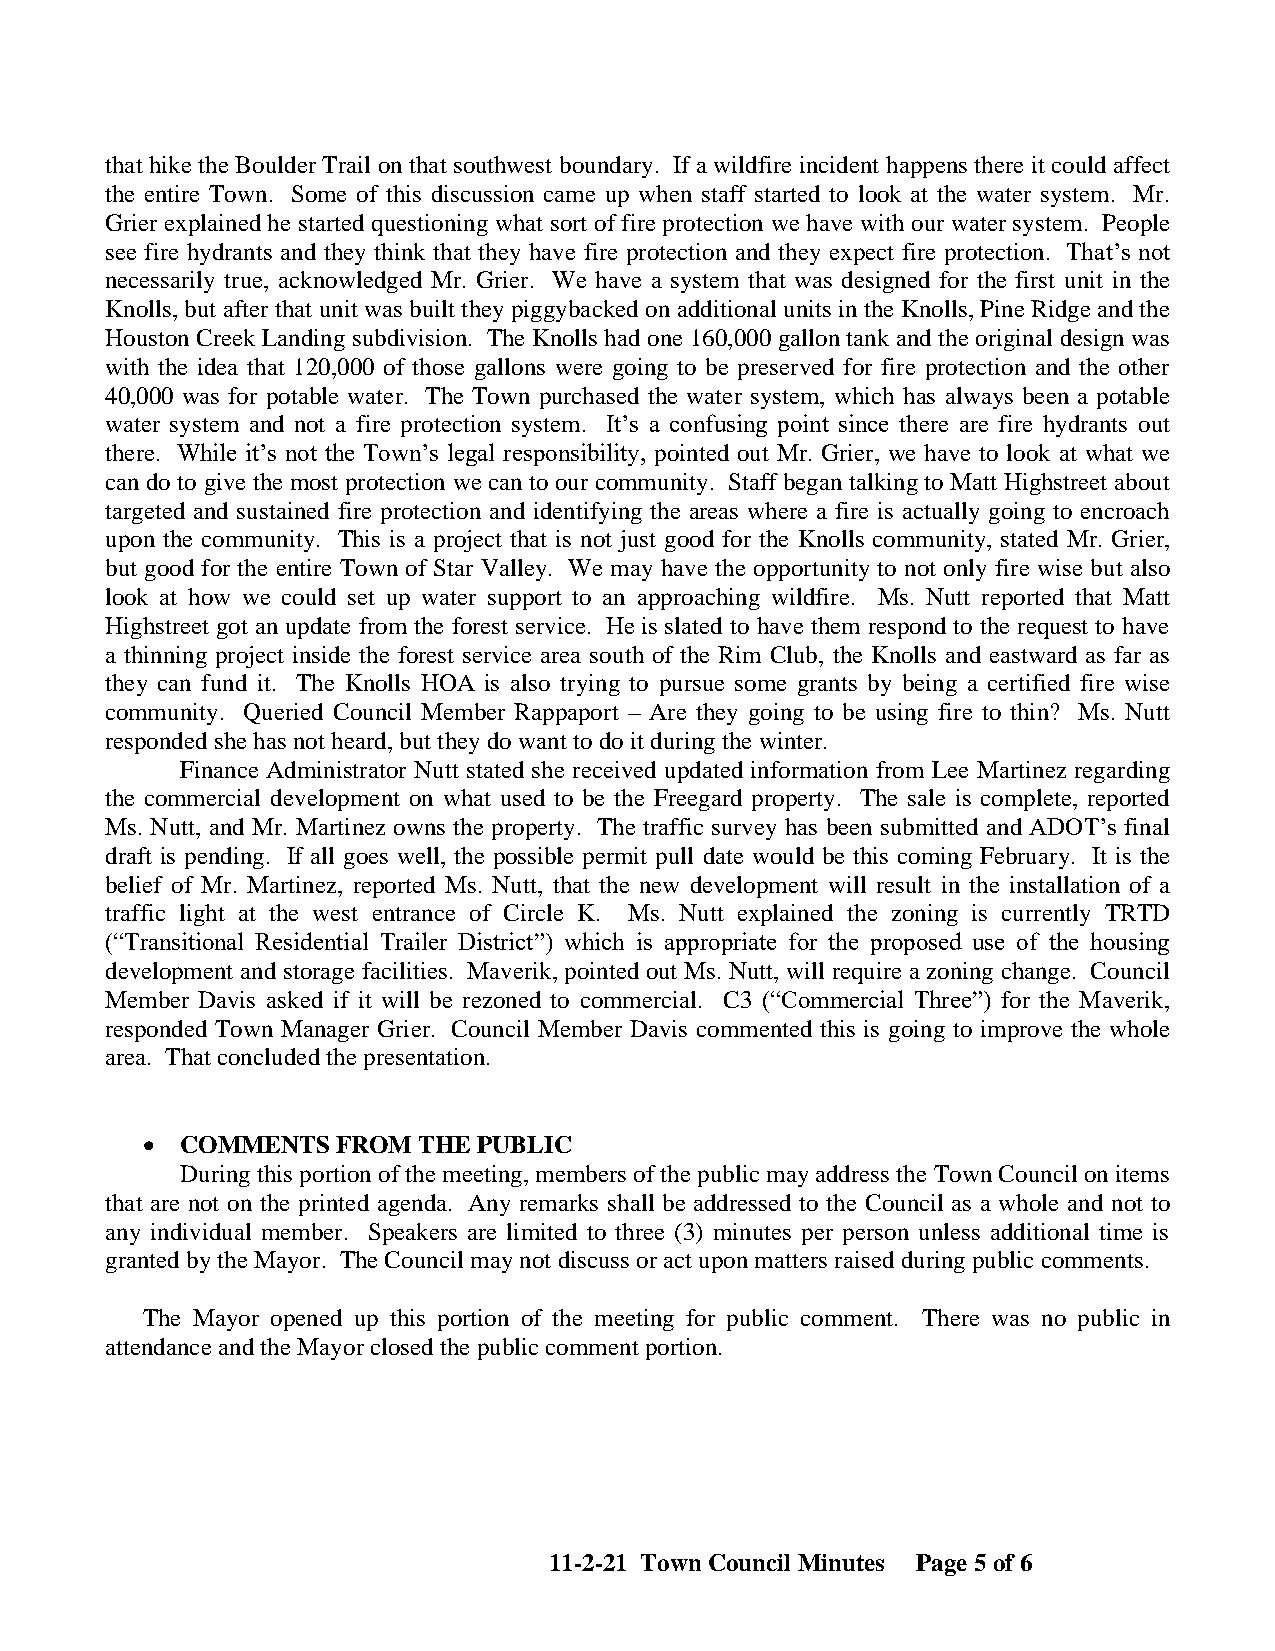
that hike the Boulder Trail on that southwest boundary. If a wildfire incident happens there it could affect
 the entire Town. Some of this discussion came up when staff started to look at the water system. Mr.
 Grier explained he started questioning what sort of fire protection we have with our water system. People
 see fire hydrants and they think that they have fire protection and they expect fire protection. That’s not
 necessarily true, acknowledged Mr. Grier. We have a system that was designed for the first unit in the
 Knolls, but after that unit was built they piggybacked on additional units in the Knolls, Pine Ridge and the
 Houston Creek Landing subdivision. The Knolls had one 160,000 gallon tank and the original design was
 with the idea that 120,000 of those gallons were going to be preserved for fire protection and the other
 40,000 was for potable water. The Town purchased the water system, which has always been a potable
 water system and not a fire protection system. It’s a confusing point since there are fire hydrants out
 there. While it’s not the Town’s legal responsibility, pointed out Mr. Grier, we have to look at what we
 can do to give the most protection we can to our community. Staff began talking to Matt Highstreet about
 targeted and sustained fire protection and identifying the areas where a fire is actually going to encroach
 upon the community. This is a project that is not just good for the Knolls community, stated Mr. Grier,
 but good for the entire Town of Star Valley. We may have the opportunity to not only fire wise but also
 look at how we could set up water support to an approaching wildfire. Ms. Nutt reported that Matt
 Highstreet got an update from the forest service. He is slated to have them respond to the request to have
 a thinning project inside the forest service area south of the Rim Club, the Knolls and eastward as far as
 they can fund it. The Knolls HOA is also trying to pursue some grants by being a certified fire wise
 community. Queried Council Member Rappaport – Are they going to be using fire to thin? Ms. Nutt
 responded she has not heard, but they do want to do it during the winter.
 Finance Administrator Nutt stated she received updated information from Lee Martinez regarding
 the commercial development on what used to be the Freegard property. The sale is complete, reported
 Ms. Nutt, and Mr. Martinez owns the property. The traffic survey has been submitted and ADOT’s final
 draft is pending. If all goes well, the possible permit pull date would be this coming February. It is the
 belief of Mr. Martinez, reported Ms. Nutt, that the new development will result in the installation of a
 traffic light at the west entrance of Circle K. Ms. Nutt explained the zoning is currently TRTD
 (“Transitional Residential Trailer District”) which is appropriate for the proposed use of the housing
 development and storage facilities. Maverik, pointed out Ms. Nutt, will require a zoning change. Council
 Member Davis asked if it will be rezoned to commercial. C3 (“Commercial Three”) for the Maverik,
 responded Town Manager Grier. Council Member Davis commented this is going to improve the whole
 area. That concluded the presentation.
 •  COMMENTS  FROM  THE PUBLIC
 During this portion of the meeting, members of the public may address the Town Council on items
 that are not on the printed agenda. Any remarks shall be addressed to the Council as a whole and not to
 any individual member. Speakers are limited to three (3) minutes per person unless additional time is
 granted by the Mayor. The Council may not discuss or act upon matters raised during public comments.
 The Mayor opened up this portion of the meeting for public comment. There was no public in
 attendance and the Mayor closed the public comment portion.
 11-2-21 Town Council Minutes Page 5 of 6